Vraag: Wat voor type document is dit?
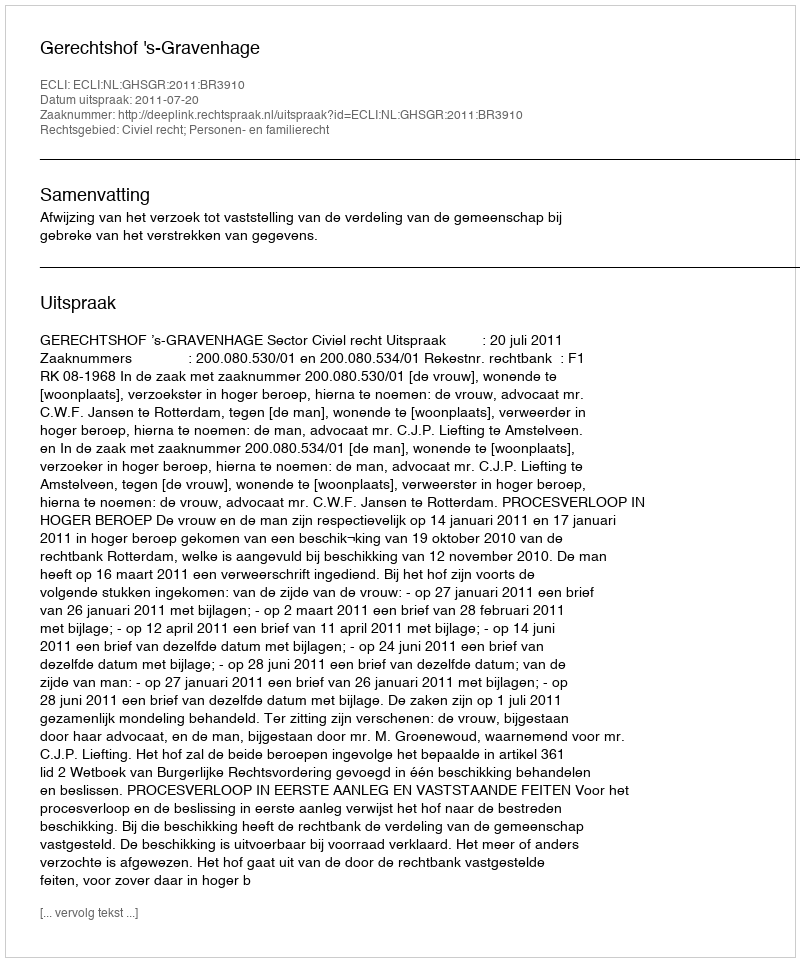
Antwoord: Uitspraak